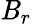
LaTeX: \mathit{B}_{r}